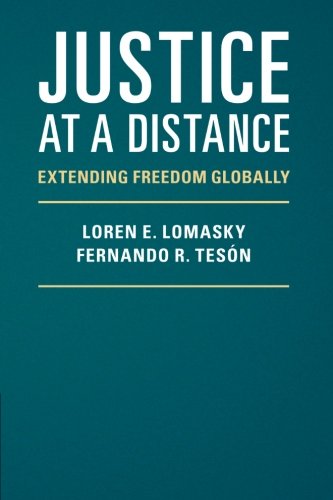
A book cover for Justice at a Distance: Extending Freedom Globally; Loren E. Lomasky; Business & Money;